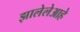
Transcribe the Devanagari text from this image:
झालेलेआहे